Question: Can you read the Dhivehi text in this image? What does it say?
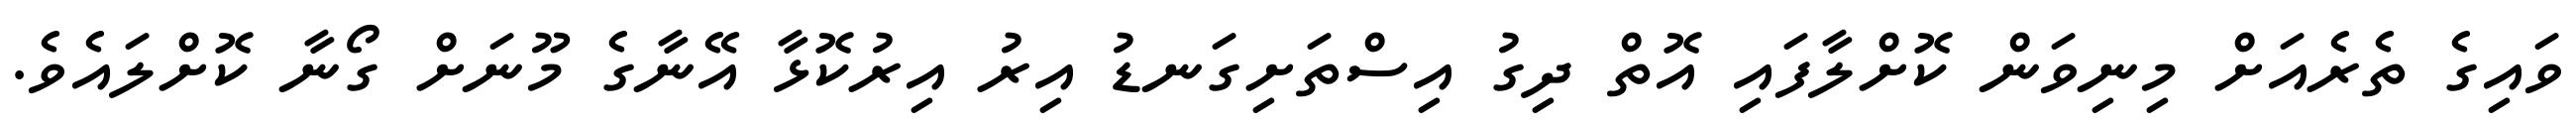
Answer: ވައިގެ ތެރެއަށް މިނިވަން ކޮށްލާފައި އޮތް ދިގު އިސްތަށިގަނޑު އިރު އިރުކޮޅާ އޭނާގެ މޫނަށް ގޯނާ ކޮށްލައެވެ.